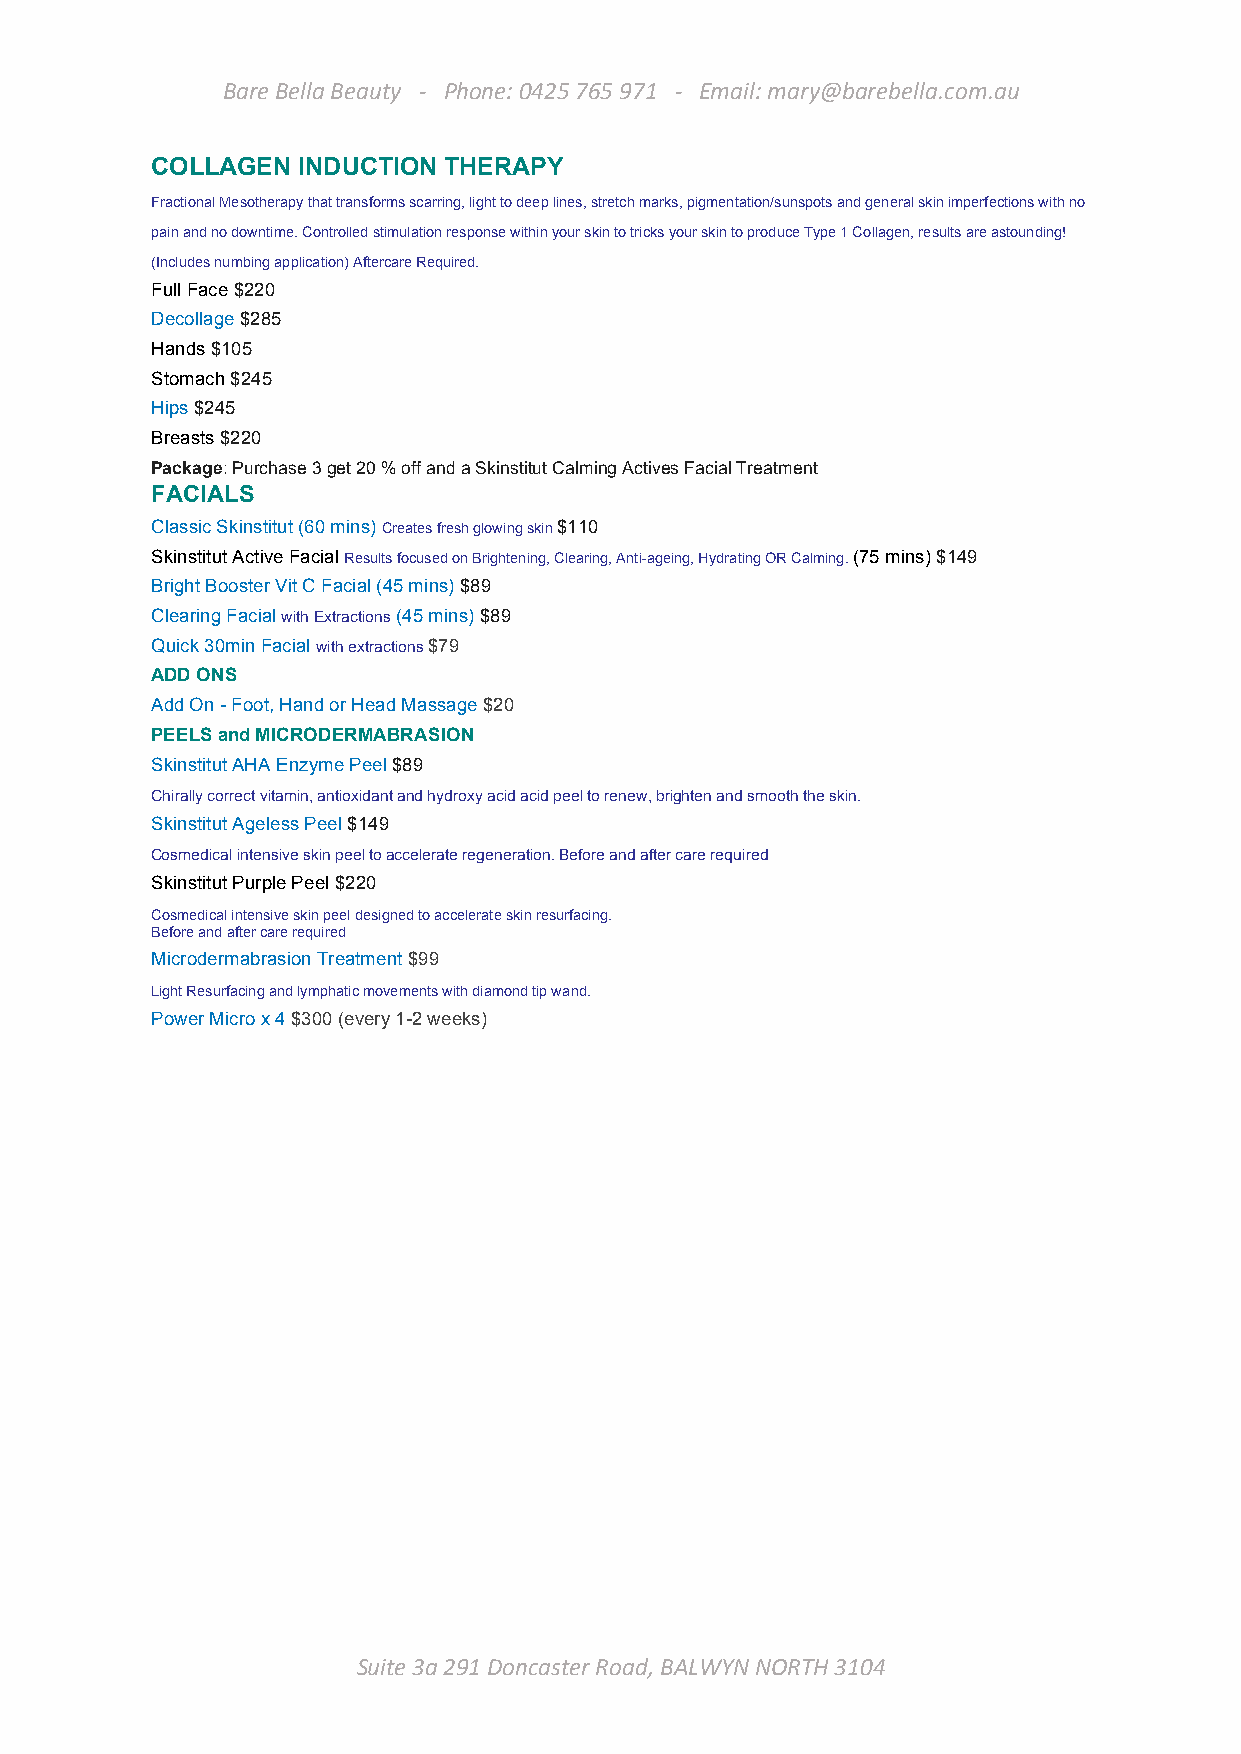
Bare Bella Beauty - Phone: 0425 765 971 - Email: mary@barebella.com.au
 COLLAGEN  INDUCTION THERAPY
 Fractional Mesotherapy that transforms scarring, light to deep lines, stretch marks, pigmentation/sunspots and general skin imperfections with no
 pain and no downtime. Controlled stimulation response within your skin to tricks your skin to produce Type 1 Collagen, results are astounding!
 (Includes numbing application) Aftercare Required.
 Full Face $220
 Decollage $285
 Hands $105
 Stomach $245
 Hips $245
 Breasts $220
 Package: Purchase 3 get 20 % off and a Skinstitut Calming Actives Facial Treatment
 FACIALS
 Classic Skinstitut (60 mins) Creates fresh glowing skin $110
 Skinstitut Active Facial Results focused on Brightening, Clearing, Anti-ageing, Hydrating OR Calming. (75 mins) $149
 Bright Booster Vit C Facial (45 mins) $89
 Clearing Facial with Extractions (45 mins) $89
 Quick 30min Facial with extractions $79
 ADD ONS
 Add On - Foot, Hand or Head Massage $20
 PEELS and MICRODERMABRASION
 Skinstitut AHA Enzyme Peel $89
 Chirally correct vitamin, antioxidant and hydroxy acid acid peel to renew, brighten and smooth the skin.
 Skinstitut Ageless Peel $149
 Cosmedical intensive skin peel to accelerate regeneration. Before and after care required
 Skinstitut Purple Peel $220
 Cosmedical intensive skin peel designed to accelerate skin resurfacing.
 Before and after care required
 Microdermabrasion Treatment $99
 Light Resurfacing and lymphatic movements with diamond tip wand.
 Power Micro x 4 $300 (every 1-2 weeks)
 Suite 3a 291 Doncaster Road, BALWYN NORTH 3104